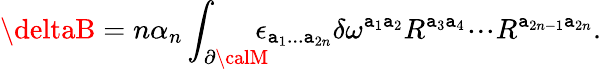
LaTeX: \deltaB=n\alpha_{n}\int_{\partial{\calM}}\! \! \! \! \epsilon_{\mathtt{a}_{1}...\mathtt{a}_{2n}}\delta\omega^{\mathtt{a}_{1}\mathtt{a}_{2}}R^{\mathtt{a}_{3}\mathtt{a}_{4}}\! \cdot\! \cdot\! \cdot\! R^{\mathtt{a}_{2n-1}\mathtt{a}_{2n}}.